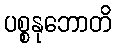
ပစ္စနုဘောတိ